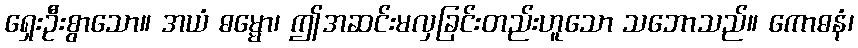
ရှေးဦးစွာသော။ အယံ ဓမ္မော၊ ဤအဆင်းမလှခြင်းတည်းဟူသော သဘောသည်။ ကောဓနံ၊